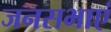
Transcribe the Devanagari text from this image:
जनसभाएं